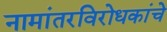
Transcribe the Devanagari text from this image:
नामांतरविरोधकांचे